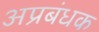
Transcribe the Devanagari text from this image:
अप्रबंधक